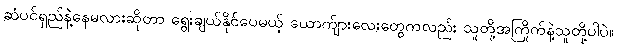
ဆံပင်ရှည်နဲ့နေမလားဆိုတာ ရွေးချယ်နိုင်ပေမယ့် ယောက်ျားလေးတွေကလည်း သူတို့အကြိုက်နဲ့သူတို့ပါပဲ။